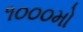
૧૦૦૦મો